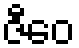
ဇီဝေ